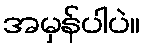
အမှန်ပါပဲ။